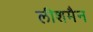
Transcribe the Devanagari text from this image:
लीशमैन